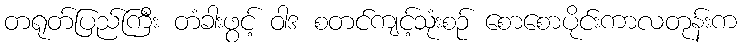
တရုတ်ပြည်ကြီး တံခါးဖွင့် ဝါဒ စတင်ကျင့်သုံးစဉ် စောစောပိုင်းကာလတုန်းက